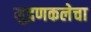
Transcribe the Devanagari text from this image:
मुद्रणकलेचा